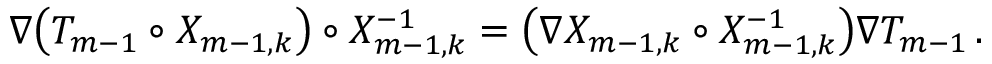
\nabla \bigl ( T _ { m - 1 } \circ X _ { m - 1 , k } \bigr ) \circ X _ { m - 1 , k } ^ { - 1 } = \bigl ( \nabla X _ { m - 1 , k } \circ X _ { m - 1 , k } ^ { - 1 } \bigr ) \nabla T _ { m - 1 } \, .